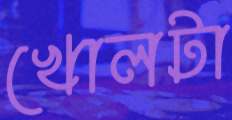
খোলটা